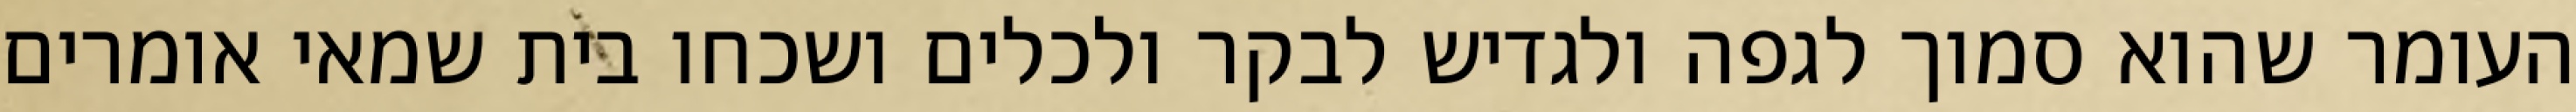
העומר שהוא סמוך לגפה ולגדיש לבקר ולכלים ושכחו בית שמאי אומרים